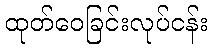
ထုတ်ဝေခြင်းလုပ်ငန်း